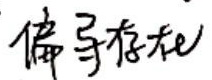
偏导存在